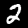
Label: 2